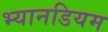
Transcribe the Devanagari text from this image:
भ्यानडियम